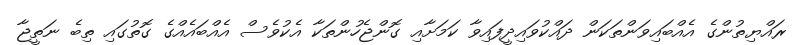
ރައްޔިތުންގެ އެއްބައިވަންތަކަން ދައްކުވައިދީފައިވާ ކަމަށާއި ގޮންޖެހުންތަކާ އެކުވެސް އެއްބައެއްގެ ގޮތުގައި ތިބެ ނަތީޖާ